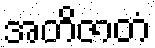
အတိဇာတံ